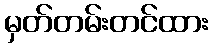
မှတ်တမ်းတင်ထား